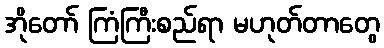
အိုတော် ကြံကြီးစည်ရာ မဟုတ်တာတွေ